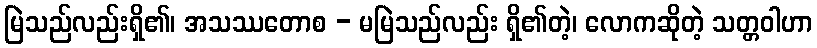
မြဲသည်လည်းရှိ၏၊ အသဿတောစ - မမြဲသည်လည်း ရှိ၏တဲ့၊ လောကဆိုတဲ့ သတ္တဝါဟာ